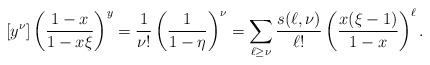
\begin{align*}[y^{\nu}]\left(\frac{1-x}{1-x\xi}\right)^y&=\frac{1}{\nu!}\left(\frac{1}{1-\eta}\right)^{\nu}=\sum_{\ell\ge\nu}\frac{s(\ell,\nu)}{\ell!}\left(\frac{x(\xi-1)}{1-x}\right)^{\ell}.\end{align*}